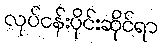
လုပ်ငန်းပိုင်းဆိုင်ရာ